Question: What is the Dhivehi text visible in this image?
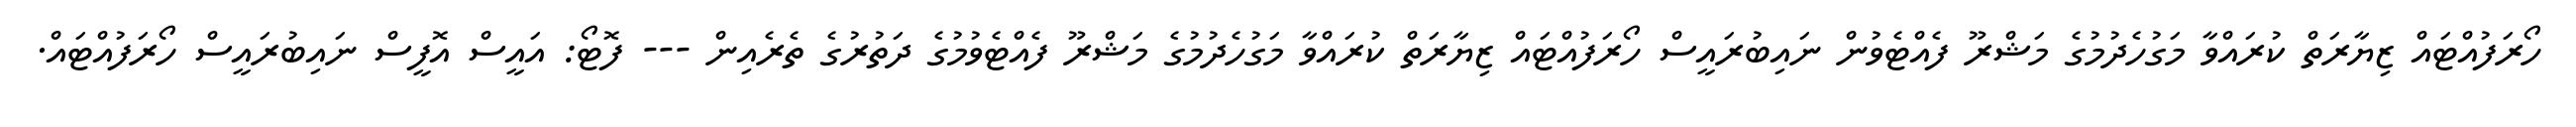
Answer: ހޯރަފުއްޓައް ޒިޔާރަތް ކުރައްވާ މަގުހެދުމުގެ މަޝްރޫ ފެއްޓެވުން ނައިބުރައީސް ހޯރަފުއްޓައް ޒިޔާރަތް ކުރައްވާ މަގުހެދުމުގެ މަޝްރޫ ފެއްޓެވުމުގެ ދަތުރުގެ ތެރެއިން --- ފޮޓޯ: އައީސް އޮފީސް ނައިބުރައީސް ހޯރަފުއްޓައް.